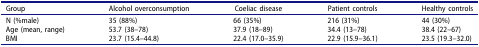
| Group | Alcohol overconsumption | Coeliac disease | Patient controls | Healthy controls |
 | --- | --- | --- | --- | --- |
 | N (%male) | 35 (88%) | 66 (35%) | 216 (31%) | 44 (30%) |
 | Age (mean, range) | 53.7 (38–78) | 37.9 (18–89) | 34.4 (13–78) | 38.4 (22–67) |
 | BMI | 23.7 (15.4–44.8) | 22.4 (17.0–35.9) | 22.9 (15.9–36.1) | 23.5 (19.3–32.0) |